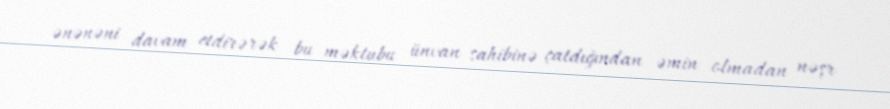
ənənəni davam etdirərək bu məktubu ünvan sahibinə çatdığından əmin olmadan nəşr